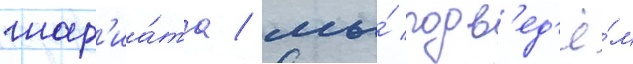
шар'иа́та / мы́ подв'ед'ё́м